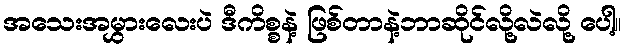
အသေးအမွှားလေးပဲ ဒီကိစ္စနဲ့ ဖြစ်တာနဲ့ဘာဆိုင်လို့လဲလို့ ပေါ့။